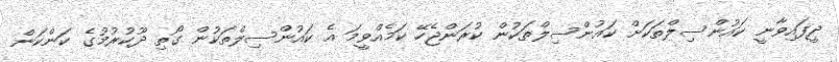
ދީފައިވާނީ ކައުންސިލްތަކަށް ކައުންސިލްތަކުން ކުރަންޖެހޭ ކަމެއްވީމަ އެ ކައުންސިލްތަކުން ގޯތި ދޫކުރުމުގެ ކަންކަން